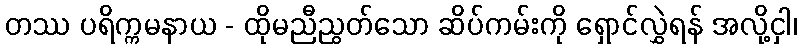
တဿ ပရိက္ကမနာယ - ထိုမညီညွတ်သော ဆိပ်ကမ်းကို ရှောင်လွှဲရန် အလို့ငှါ၊